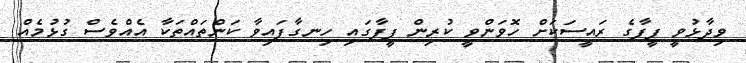
ވިދާޅުވީ ފީފާގެ ރައީސަކަށް ހޮވަންވީ ކުރިން ފީފާގައި ހިނގާފައިވާ ކަންތައްތަކާ އެއްވެސް ގުޅުމެއް